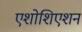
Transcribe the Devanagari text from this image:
एशोशिएशन